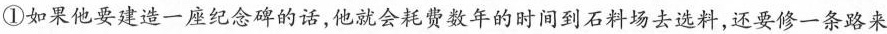
①如果他要建造一座纪念碑的话，他就会耗费数年的时间到石料场去选料，还要修一条路来